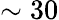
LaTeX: \sim 30